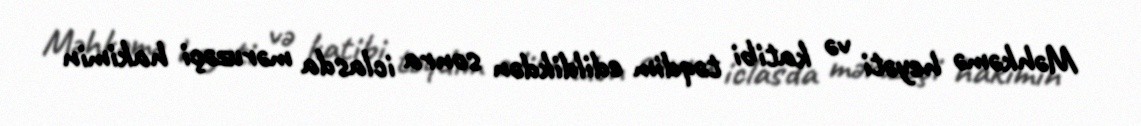
Məhkəmə heyəti və katibi təqdim edildikdən sonra iclasda məruzəçi hakimin